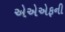
એએએફની